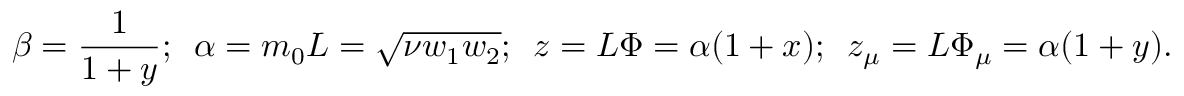
\beta = \frac 1 { 1 + y } ; \, \, \, \alpha = m _ { 0 } L = \sqrt { \nu w _ { 1 } w _ { 2 } } ; \, \, \, z = L \Phi = \alpha ( 1 + x ) ; \, \, \, z _ { \mu } = L \Phi _ { \mu } = \alpha ( 1 + y ) .